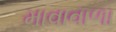
માવાવાળા